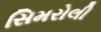
સિમરોલી